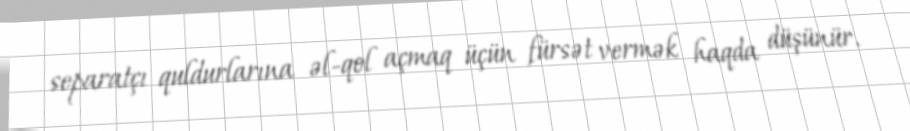
separatçı quldurlarına əl-qol açmaq üçün fürsət vermək haqda düşünür.